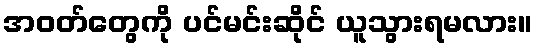
အဝတ်တွေကို ပင်မင်းဆိုင် ယူသွားရမလား။